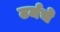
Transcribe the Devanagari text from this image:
टर्मचे